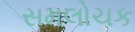
સમલોચક